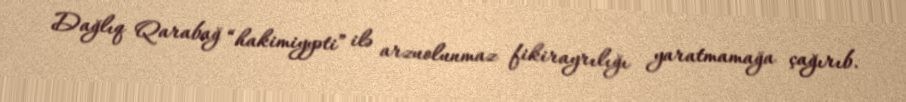
Dağlıq Qarabağ “hakimiyyəti” ilə arzuolunmaz fikirayrılığı yaratmamağa çağırıb.